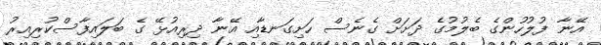
އޭނާ ފުލުހުންގެ ބެލުމުގެ ދަށަށް ގެނެސް ހަށިގަނޑާއި އޭނާ ދިރިއުޅޭ ގެ ބަލައިފާސްކުރިއިރު